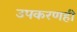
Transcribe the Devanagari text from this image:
उपकरणही